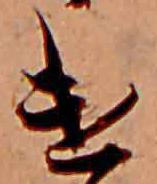
け